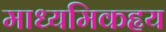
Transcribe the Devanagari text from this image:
माध्यमिकहृय